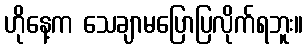
ဟိုနေ့က သေချာမပြောပြလိုက်ရဘူး။